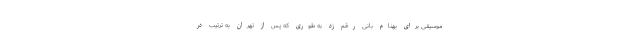
موسیقی برای بهنام بانی رقم زد به طوری که پس از تهران به ترتیب در